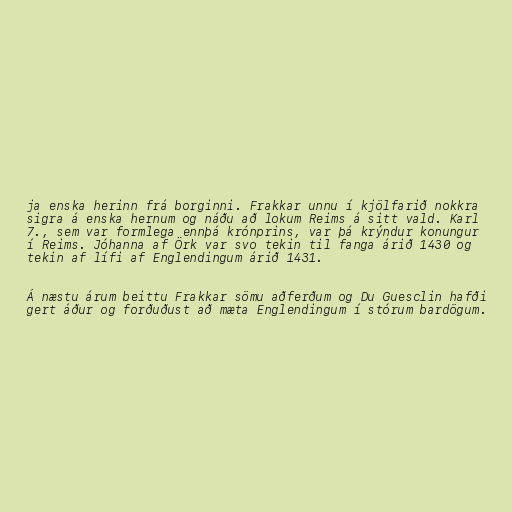
ja enska herinn frá borginni. Frakkar unnu í kjölfarið nokkra
sigra á enska hernum og náðu að lokum Reims á sitt vald. Karl
7., sem var formlega ennþá krónprins, var þá krýndur konungur
í Reims. Jóhanna af Örk var svo tekin til fanga árið 1430 og
tekin af lífi af Englendingum árið 1431.

Á næstu árum beittu Frakkar sömu aðferðum og Du Guesclin hafði
gert áður og forðuðust að mæta Englendingum í stórum bardögum.